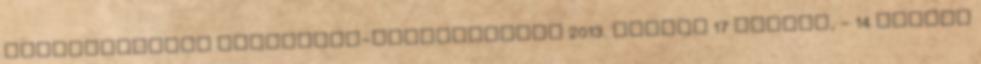
Önkormányzata Képviselő-testületének 2013. január 17 napján, - 14 órakor